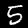
Label: 5